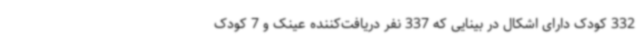
332 کودک دارای اشکال در بینایی که 337 نفر دریافت‌کننده عینک و 7 کودک